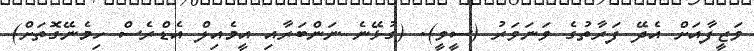
ވަޒީފާއަށް އެދޭ ފަރާތުގެ ވަނަވަރު (ސީވީ). (ގުޅޭނެ ނަންބަރާއި އީމެއިލް އެޑްރެސް ހިމެނޭގޮތަށް)